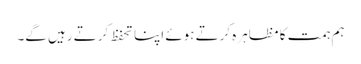
ہم ہمت کا مظاہرہ کرتے ہوئے اپنا تحفظ کرتے رہیں گے۔